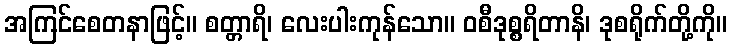
အကြင်စေတနာဖြင့်။ စတ္တာရိ၊ လေးပါးကုန်သော။ ဝစီဒုစ္စရိတာနိ၊ ဒုစရိုက်တို့ကို။